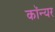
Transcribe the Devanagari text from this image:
कॉन्यर